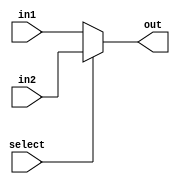
module mux (in1, in2, out, select);
	parameter size = 1;
	input[size-1:0] in1, in2;
	output[size-1:0] out;
	input select;
	assign out = select? in2 : in1;
endmodule